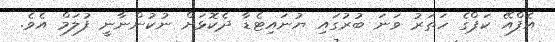
އެފްއޭ ކަޕްގެ ހަތަރު ވަނަ ބުރުގައި ޔުނައިޓެޑާ ދެކޮޅަށް ނުކުންނާނީ ފުލަމް އެވެ.